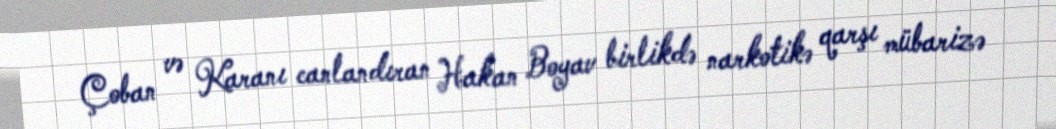
Çoban və Karanı canlandıran Hakan Boyav birlikdə narkotikə qarşı mübarizə